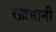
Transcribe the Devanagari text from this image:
रख़सानी